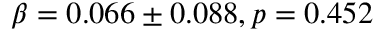
\beta = 0 . 0 6 6 \pm 0 . 0 8 8 , p = 0 . 4 5 2